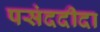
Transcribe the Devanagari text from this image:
पसंददीदा